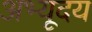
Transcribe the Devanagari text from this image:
अभ्यूदय